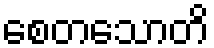
စေတသောတိ